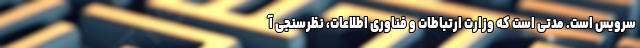
سرویس است. مدتی است که وزارت ارتباطات و فناوری اطلاعات، نظرسنجی آ